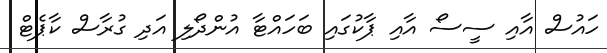
ހައުސް އާއި ސީސޯ އާއި ޕާކުގައި ބަހައްޓާ އުންދޯލި އަދި ގުރާސް ކާޕެޓް